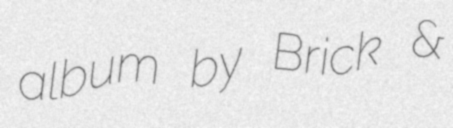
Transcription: album by Brick &